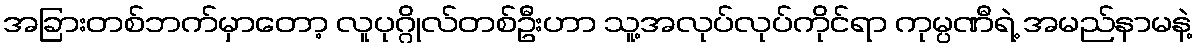
အခြားတစ်ဘက်မှာတော့ လူပုဂ္ဂိုလ်တစ်ဦးဟာ သူ့အလုပ်လုပ်ကိုင်ရာ ကုမ္ပဏီရဲ့ အမည်နာမနဲ့